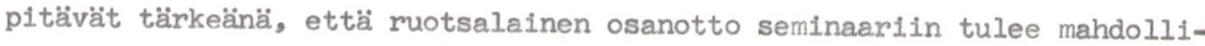
pitävät tärkeänä, että ruotsalainen osanotto seminaariin tulee mahdolli-